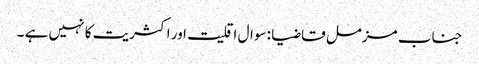
جناب مزمل قاضیا : سوال اقلیت اور اکثریت کا نہیں ہے ۔